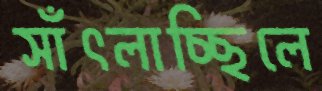
সাঁৎলাচ্ছিলে